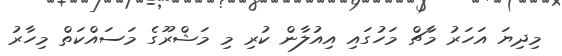
މިދިޔަ އަހަރު މާޗް މަހުގައި އިއުލާން ކުރި މި މަޝްރޫގެ މަސައްކަތް މިހާރު